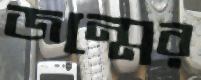
জন্মের